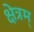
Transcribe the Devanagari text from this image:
क्षेत्रम्